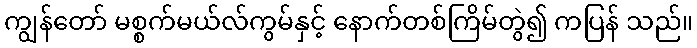
ကျွန်တော် မစ္စက်မယ်လ်ကွမ်နှင့် နောက်တစ်ကြိမ်တွဲ၍ ကပြန် သည်။